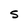
Character: 5